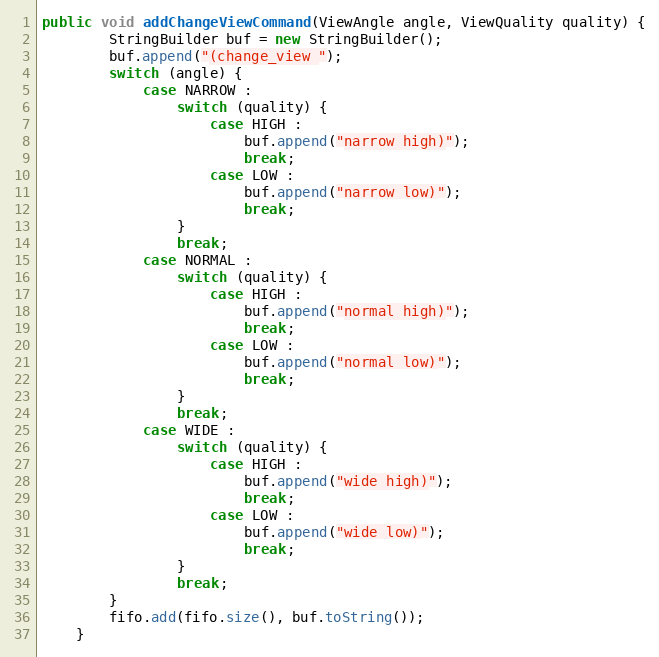
Language: Java
public void addChangeViewCommand(ViewAngle angle, ViewQuality quality) {
        StringBuilder buf = new StringBuilder();
        buf.append("(change_view ");
        switch (angle) {
            case NARROW :
                switch (quality) {
                    case HIGH :
                        buf.append("narrow high)");
                        break;
                    case LOW :
                        buf.append("narrow low)");
                        break;
                }
                break;
            case NORMAL :
                switch (quality) {
                    case HIGH :
                        buf.append("normal high)");
                        break;
                    case LOW :
                        buf.append("normal low)");
                        break;
                }
                break;
            case WIDE :
                switch (quality) {
                    case HIGH :
                        buf.append("wide high)");
                        break;
                    case LOW :
                        buf.append("wide low)");
                        break;
                }
                break;
        }
        fifo.add(fifo.size(), buf.toString());
    }